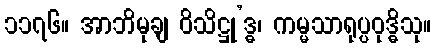
၁၁၇၆။ အာဘိမုချ ဝိသိဋ္ဌု’ဒ္ဓ၊ ကမ္မသာရုပ္ပဝုဒ္ဓိသု။